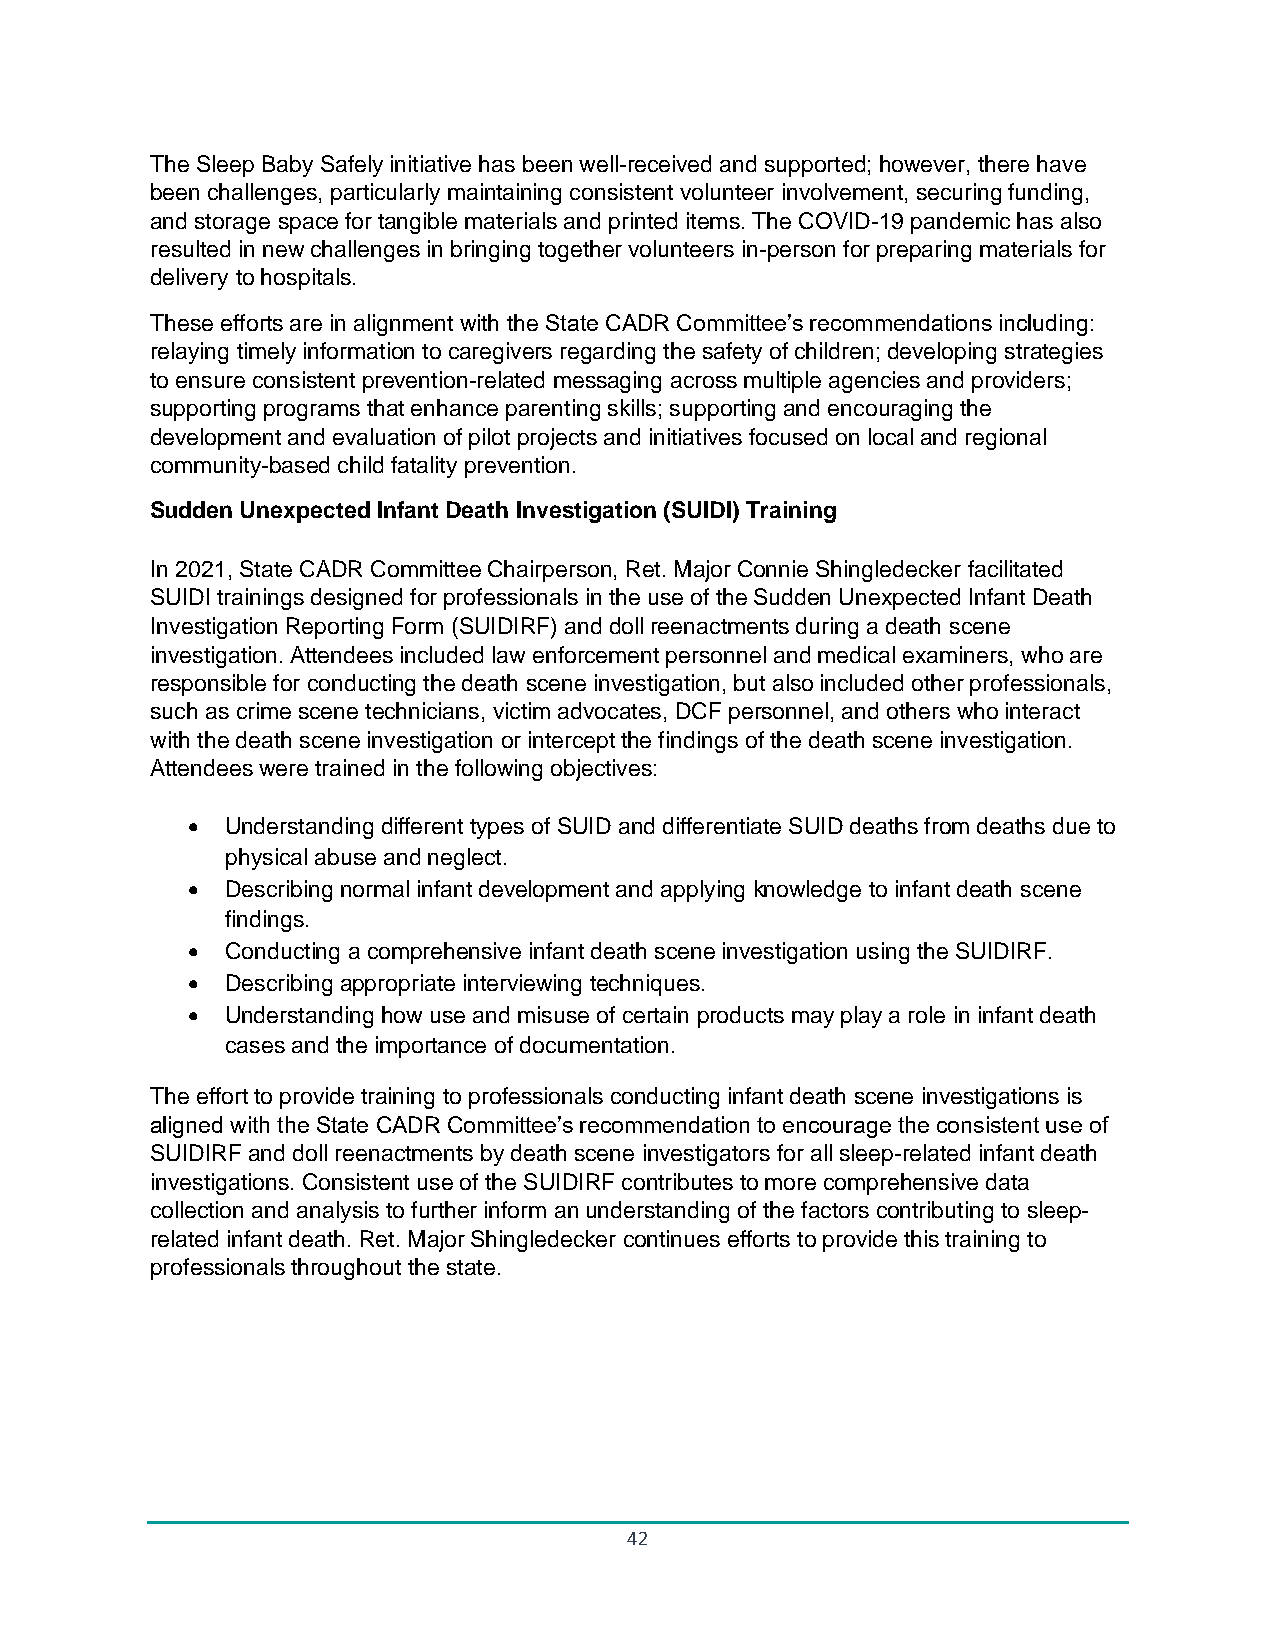
The Sleep Baby Safely initiative has been well-received and supported; however, there have
 been challenges, particularly maintaining consistent volunteer involvement, securing funding,
 and storage space for tangible materials and printed items. The COVID-19 pandemic has also
 resulted in new challenges in bringing together volunteers in-person for preparing materials for
 delivery to hospitals.
 These efforts are in alignment with the State CADR Committee’s recommendations including:
 relaying timely information to caregivers regarding the safety of children; developing strategies
 to ensure consistent prevention-related messaging across multiple agencies and providers;
 supporting programs that enhance parenting skills; supporting and encouraging the
 development and evaluation of pilot projects and initiatives focused on local and regional
 community-based child fatality prevention.
 Sudden Unexpected Infant Death Investigation (SUIDI) Training
 In 2021, State CADR Committee Chairperson, Ret. Major Connie Shingledecker facilitated
 SUIDI trainings designed for professionals in the use of the Sudden Unexpected Infant Death
 Investigation Reporting Form (SUIDIRF) and doll reenactments during a death scene
 investigation. Attendees included law enforcement personnel and medical examiners, who are
 responsible for conducting the death scene investigation, but also included other professionals,
 such as crime scene technicians, victim advocates, DCF personnel, and others who interact
 with the death scene investigation or intercept the findings of the death scene investigation.
 Attendees were trained in the following objectives:
 •  Understanding different types of SUID and differentiate SUID deaths from deaths due to
 physical abuse and neglect.
 •  Describing normal infant development and applying knowledge to infant death scene
 findings.
 •  Conducting a comprehensive infant death scene investigation using the SUIDIRF.
 •  Describing appropriate interviewing techniques.
 •  Understanding how use and misuse of certain products may play a role in infant death
 cases and the importance of documentation.
 The effort to provide training to professionals conducting infant death scene investigations is
 aligned with the State CADR Committee’s recommendation to encourage the consistent use of
 SUIDIRF and doll reenactments by death scene investigators for all sleep-related infant death
 investigations. Consistent use of the SUIDIRF contributes to more comprehensive data
 collection and analysis to further inform an understanding of the factors contributing to sleep-
 related infant death. Ret. Major Shingledecker continues efforts to provide this training to
 professionals throughout the state.
 42